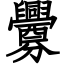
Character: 釁